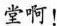
堂啊！